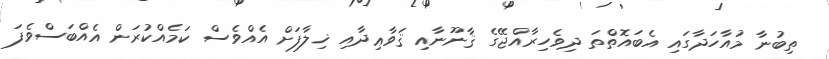
ތިބުނާ މުއާހަދާގައި އެބައޮތްތަ ދިވެހިރާއްޖޭގެ ޤާނޫނާއި ޤަވާޢިދާއި ޚިލާފަށް އެއްވެސް ކަމެއްކުރަން އެއްބަސްވެފަ